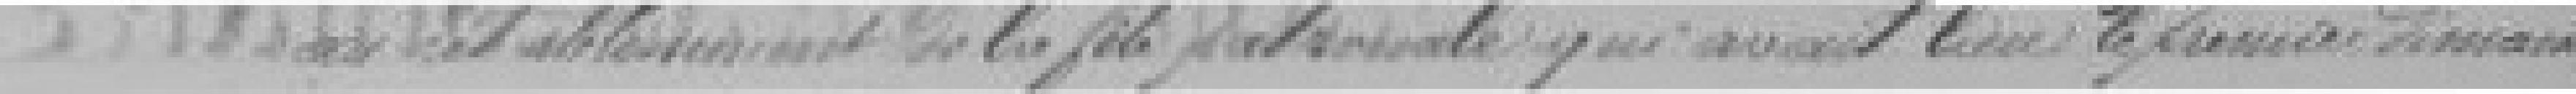
??? l'établissement de la fête patronale qui avait lieu le premier dimanche